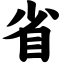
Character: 省